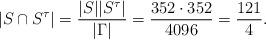
LaTeX: \begin{align*}|S\cap S^\tau|=\frac{|S||S^\tau|}{|\Gamma|}=\frac{352\cdot 352}{4096}=\frac{121}{4}.\end{align*}